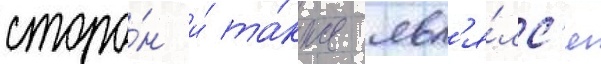
сторо́н и́ та́кже явл'я́лс'я